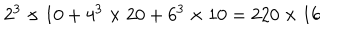
LaTeX: 2 ^ { 3 } \times 1 0 + 4 ^ { 3 } \times 2 0 + 6 ^ { 3 } \times 1 0 = 2 2 0 \times 1 6